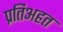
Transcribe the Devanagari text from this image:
प्रतिअहत